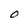
Character: O